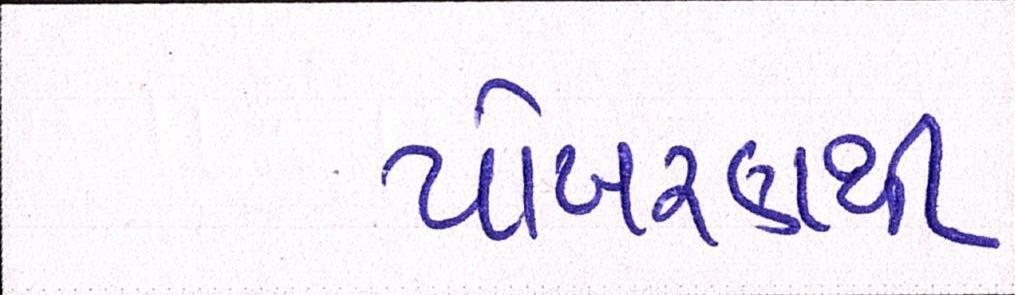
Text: પોખરણથી